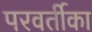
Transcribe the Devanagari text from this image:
परवर्तीका